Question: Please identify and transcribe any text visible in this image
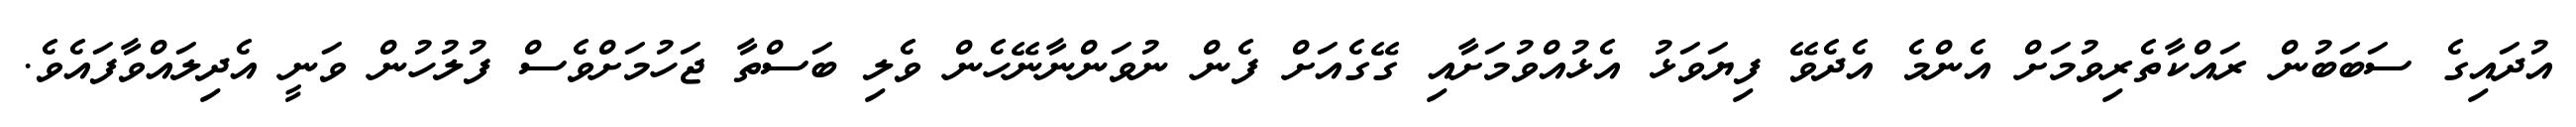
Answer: އުދައިގެ ސަބަބުން ރައްކާތެރިވުމަށް އެންމެ އެދެވޭ ފިޔަވަޅު އެޅުއްވުމަށާއި ގޭގެއަށް ފެން ނުވަންނާނޭހެން ވެލި ބަސްތާ ޖަހުމަށްވެސް ފުލުހުން ވަނީ އެދިލައްވާފައެވެ.